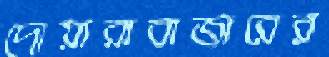
দোয়ারাবাজারের